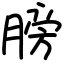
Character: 膀